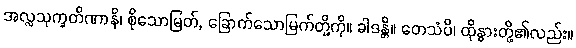
အလ္လသုက္ခတိဏာနိ၊ စိုသောမြတ်, ခြောက်သောမြက်တို့ကို။ ခါဒန္တိ။ တေသံပိ၊ ထိုနွားတို့၏လည်း။